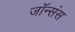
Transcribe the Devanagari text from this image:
जॉन्संस